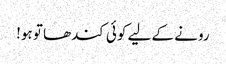
رونے کے لیے کوئی کندھا تو ہو!